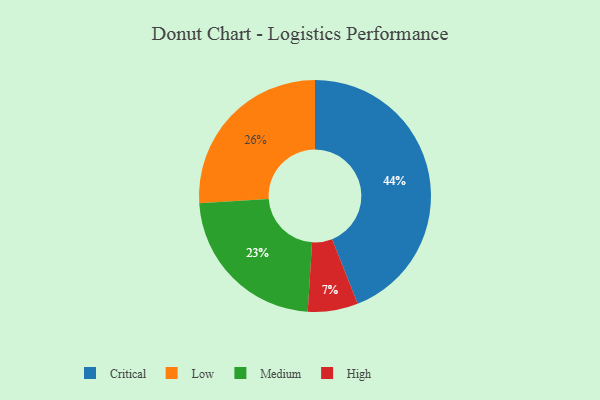
{"axis": {"x": "Category", "y": "Percentage"}, "legend": ["Critical", "High", "Low", "Medium"], "data": [{"x": "High", "y": 7, "type": "High"}, {"x": "Medium", "y": 23, "type": "Medium"}, {"x": "Critical", "y": 44, "type": "Critical"}, {"x": "Low", "y": 26, "type": "Low"}]}